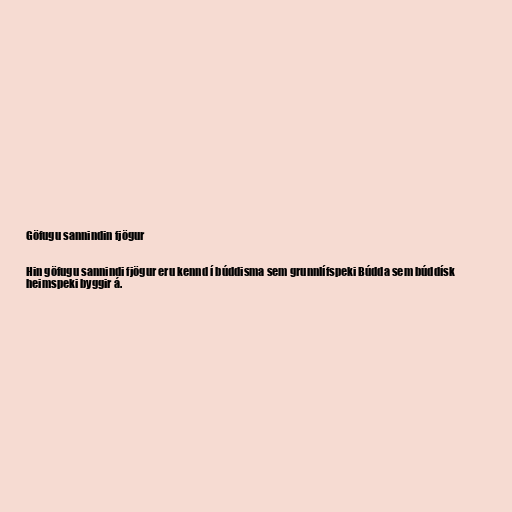
Göfugu sannindin fjögur

Hin göfugu sannindi fjögur eru kennd í búddisma sem grunnlífspeki Búdda sem búddísk
heimspeki byggir á.